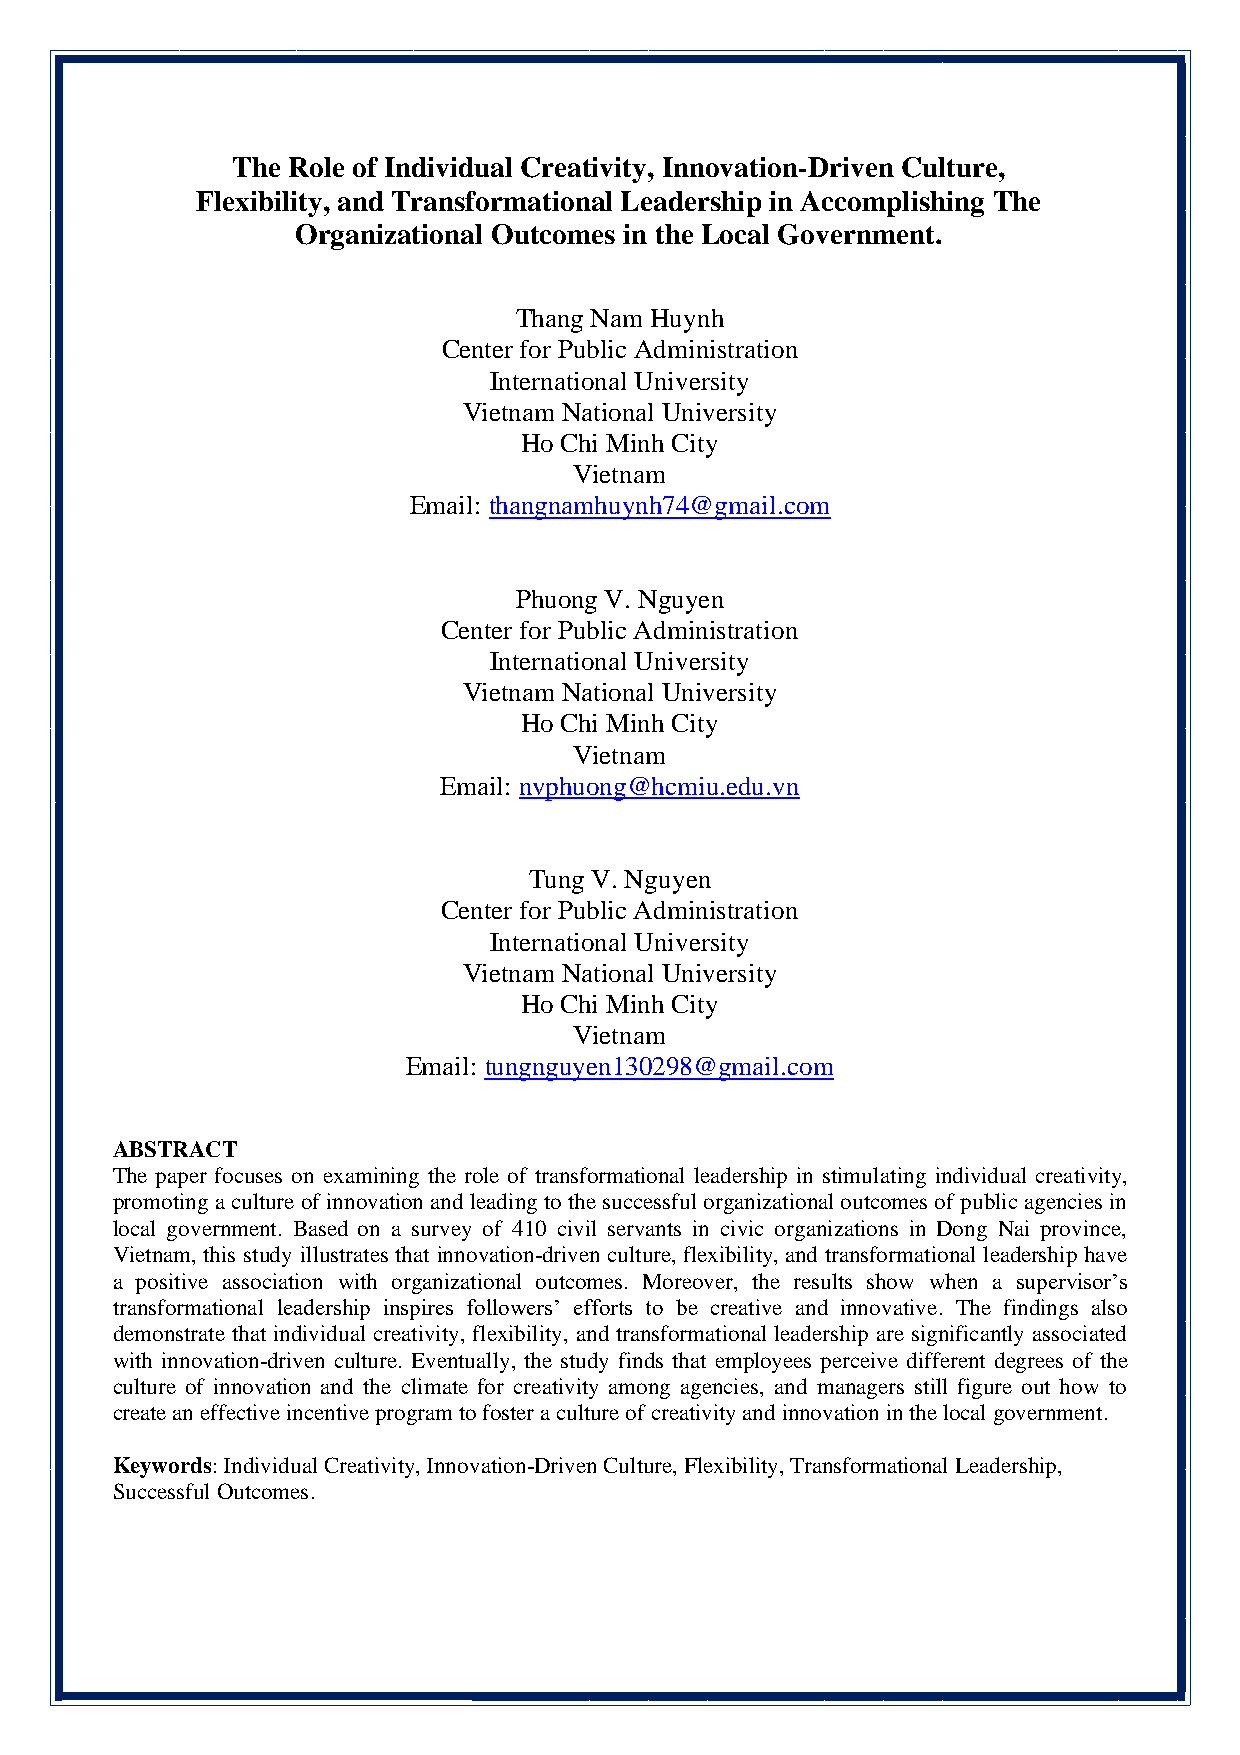
The Role of Individual Creativity, Innovation-Driven Culture,
 Flexibility, and Transformational Leadership in Accomplishing The
 Organizational Outcomes in the Local Government.
 Thang Nam Huynh
 Center for Public Administration
 International University
 Vietnam National University
 Ho Chi Minh City
 Vietnam
 Email: thangnamhuynh74@gmail.com
 Phuong V. Nguyen
 Center for Public Administration
 International University
 Vietnam National University
 Ho Chi Minh City
 Vietnam
 Email: nvphuong@hcmiu.edu.vn
 Tung V. Nguyen
 Center for Public Administration
 International University
 Vietnam National University
 Ho Chi Minh City
 Vietnam
 Email: tungnguyen130298@gmail.com
 ABSTRACT
 The paper focuses on examining the role of transformational leadership in stimulating individual creativity,
 promoting a culture of innovation and leading to the successful organizational outcomes of public agencies in
 local government. Based on a survey of 410 civil servants in civic organizations in Dong Nai province,
 Vietnam, this study illustrates that innovation-driven culture, flexibility, and transformational leadership have
 a positive association with organizational outcomes. Moreover, the results show when a supervisor’s
 transformational leadership inspires followers’ efforts to be creative and innovative. The findings also
 demonstrate that individual creativity, flexibility, and transformational leadership are significantly associated
 with innovation-driven culture. Eventually, the study finds that employees perceive different degrees of the
 culture of innovation and the climate for creativity among agencies, and managers still figure out how to
 create an effective incentive program to foster a culture of creativity and innovation in the local government.
 Keywords: Individual Creativity, Innovation-Driven Culture, Flexibility, Transformational Leadership,
 Successful Outcomes.